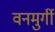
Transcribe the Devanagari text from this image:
वनमुर्गी